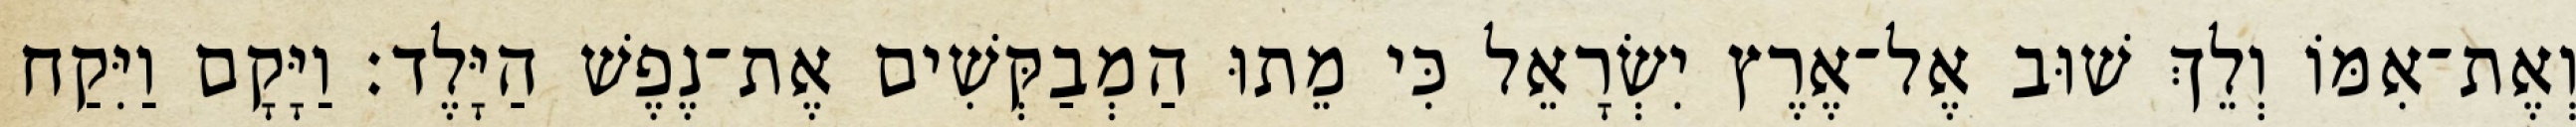
וְאֶת־אִמּוֹ וְלֵךְ שׁוּב אֶל־אֶרֶץ יִשְׂרָאֵל כִּי מֵתוּ הַמְבַקְּשִׁים אֶת־נֶפֶשׁ הַיָּלֶד׃ וַיָּקָם וַיִּקַח